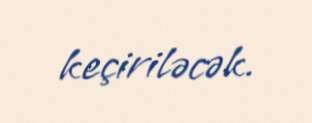
keçiriləcək.